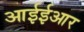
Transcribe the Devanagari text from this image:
आईईआर